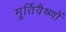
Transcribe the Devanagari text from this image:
मूर्तिवैष्णों